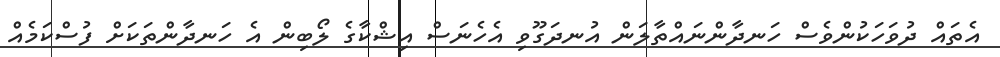
އެތައް ދުވަހަކުންވެސް ހަނދާންނައްތާލަން އުނދަގޫވި އެހެނަސް އިޝްކާގެ ލޯބިން އެ ހަނދާންތަކަށް ފުސްކަމެއް